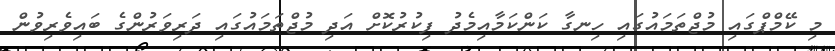
މި ކޭމްޕްގައި މުޖްތަމައުގައި ހިނގާ ކަންކަމާއިމެދު ފިކުރުކޮށް އަދި މުޖްތަމައުގައި ދަރިވަރުންގެ ބައިވެރިވުން